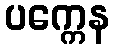
ပက္ကေန